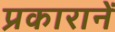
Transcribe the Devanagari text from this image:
प्रकारानें